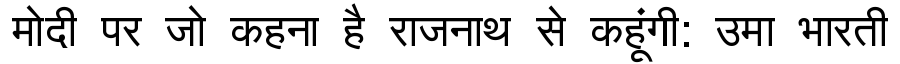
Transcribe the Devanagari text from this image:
मोदी पर जो कहना है राजनाथ से कहूंगी: उमा भारती